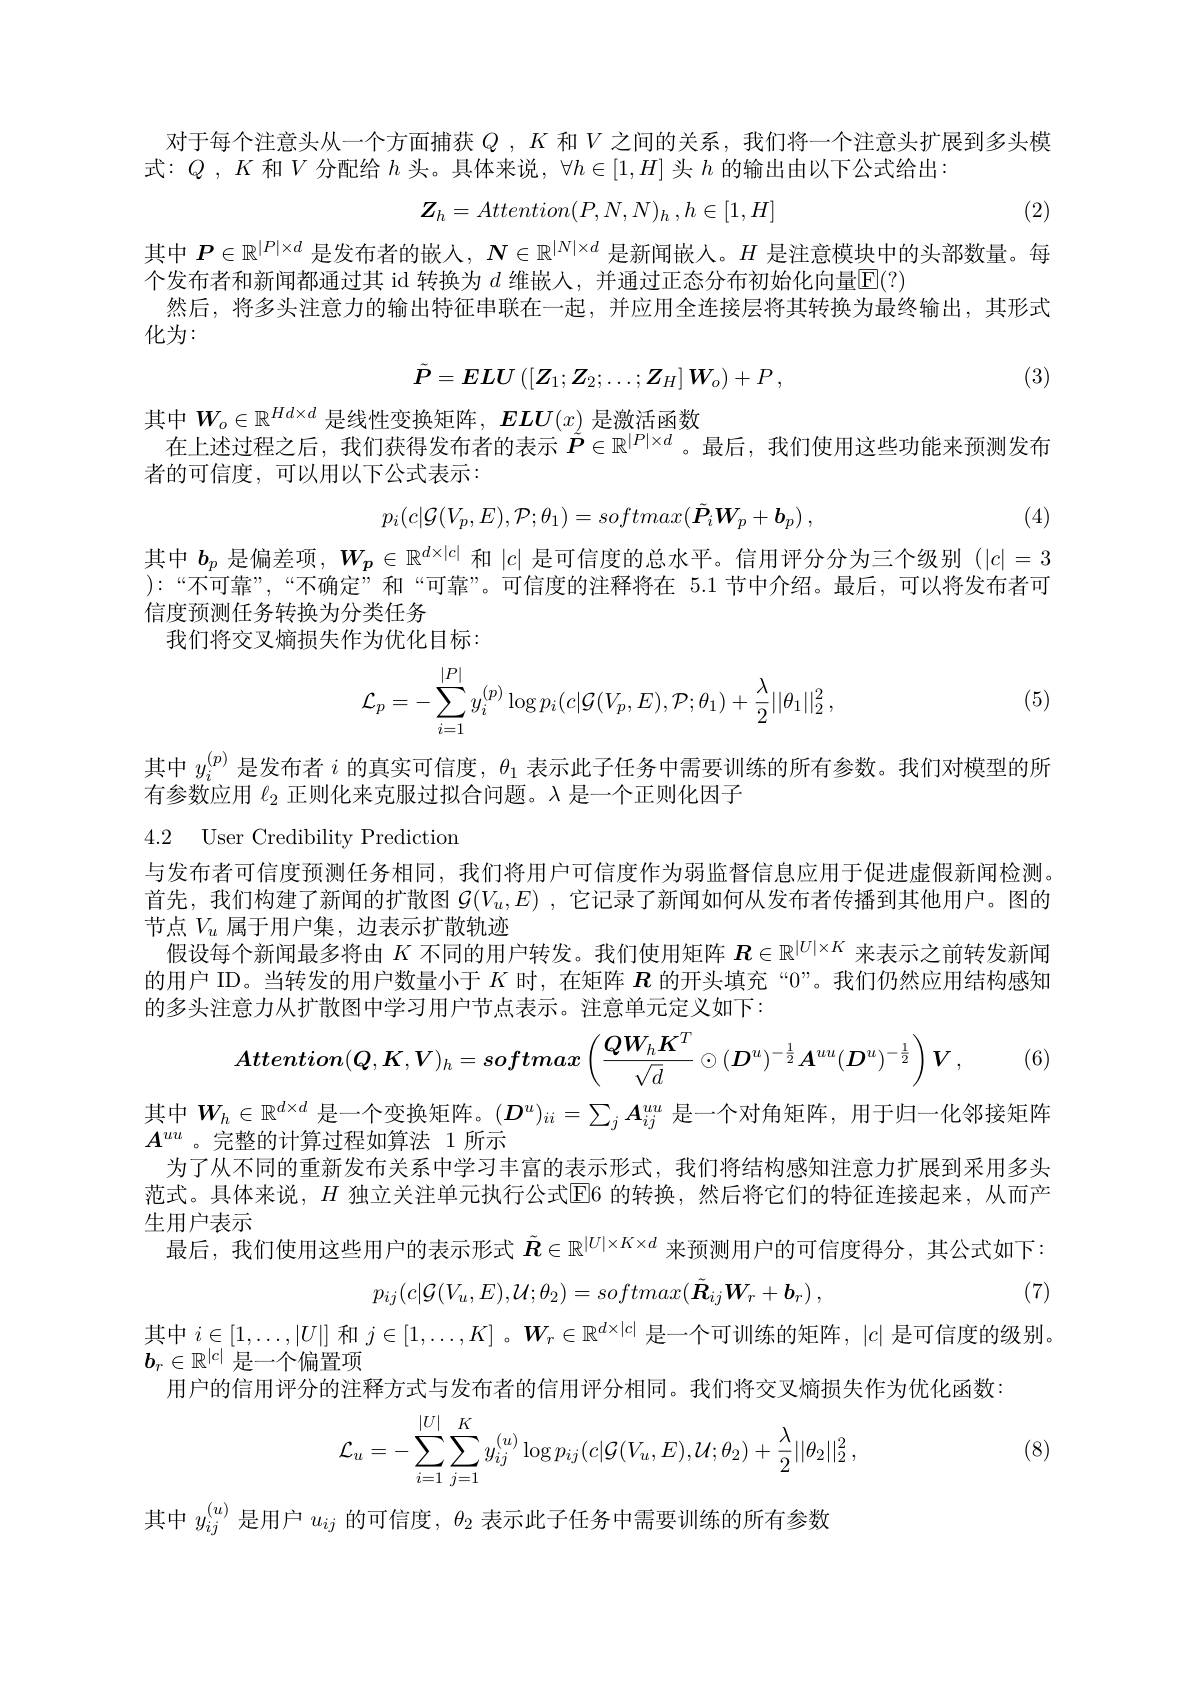
对于每个注意头从一个方面捕获$Q$ ,$K$和$V$之间的关系，我们将一个注意头扩展到多头模
式：$Q,K$和$V$分配给$h$头。具体来说，$\forall h\in[1,H]$头$h$的输出由以下公式给出：

(2)
$$\boldsymbol{Z}_h=Attention(P,N,N)_h\:,h\in[1,H]$$
其中$P\in\mathbb{R}^|P|\times d$是发布者的嵌人，$N\in\mathbb{R}^|N|\times d$是新闻嵌人。$H$是注意模块中的头部数量。每
个发布者和新闻都通过其 id 转换为 $d$ 维嵌人，并通过正态分布初始化向量$\mathsf{E}(?)$
然后，将多头注意力的输出特征串联在一起，并应用全连接层将其转换为最终输出，其形式
化为：

(3)
$$\tilde{\boldsymbol{P}}=\boldsymbol{ELU}\left([\boldsymbol{Z}_1;\boldsymbol{Z}_2;\ldots;\boldsymbol{Z}_H]\boldsymbol{W}_o\right)+P\:,$$
其中$W_o\in\mathbb{R}^{Hd\times d}$是线性变换矩阵，$ELU(x)$是激活函数
在上述过程之后，我们获得发布者的表示$\tilde{P}\in\mathbb{R}^{|P|\times d}$。最后，我们使用这些功能来预测发布
者的可信度，可以用以下公式表示：
$$p_i(c|\mathcal G(V_p,E),\mathcal P;\theta_1)=softmax(\tilde{\boldsymbol P}_i\boldsymbol W_p+\boldsymbol b_p)\:,$$
(4)

其中$b_p$是偏差项，$W_p\in\mathbb{R}^d\times|c|$和$|c|$是可信度的总水平。信用评分分为三个级别$(|c|=3$ $):“$不可靠”,“不确定”和“可靠”。可信度的注释将在 5.1 节中介绍。最后，可以将发布者可信度预测任务转换为分类任务
我们将交叉熵损失作为优化目标：
$$\mathcal{L}_p=-\sum\limits_{i=1}^{|P|}y_i^{(p)}\log p_i(c|\mathcal{G}(V_p,E),\mathcal{P};\theta_1)+\frac{\lambda}{2}||\theta_1||_2^2\:,$$
(5)

其中$y_i^{(p)}$是发布者$i$的真实可信度，$\theta_1$表示此子任务中需要训练的所有参数。我们对模型的所
有参数应用$\ell_{2}$正则化来克服过拟合问题。$\lambda$是一个正则化因子

### 4.2 User Credibility Prediction

与发布者可信度预测任务相同，我们将用户可信度作为弱监督信息应用于促进虚假新闻检测。首先，我们构建了新闻的扩散图$\mathcal{G}(V_u,E)$ ,它记录了新闻如何从发布者传播到其他用户。图的节点$V_u$属于用户集，边表示扩散轨迹
假设每个新闻最多将由$K$不同的用户转发。我们使用矩阵$\boldsymbol{R}\in\mathbb{R}^{|U|\times K}$来表示之前转发新闻的用户 ID。当转发的用户数量小于$K$时，在矩阵$\boldsymbol{R}$的开头填充“0”。我们仍然应用结构感知的多头注意力从扩散图中学习用户节点表示。注意单元定义如下：
$$Attention(Q,K,V)_h=softmax\left(\frac{QW_hK^T}{\sqrt d}\odot(D^u)^{-\frac12}A^{uu}(D^u)^{-\frac12}\right)\boldsymbol{V},$$
(6)

其中$W_h\in\mathbb{R}^{d\times d}$ 是一个变换矩阵。$(\boldsymbol{D}^u)_{ii}=\sum_jA_{ij}^{uu}$ 是一个对角矩阵，用于归一化邻接矩阵
$A^{uu}$。完整的计算过程如算法 1 所示
为了从不同的重新发布关系中学习丰富的表示形式，我们将结构感知注意力扩展到采用多头范式。具体来说，$H$ 独立关注单元执行公式$\overline{\text{E}}$6 的转换，然后将它们的特征连接起来，从而产生用户表示
最后，我们使用这些用户的表示形式$\tilde{\boldsymbol{R}}\in\mathbb{R}^{|U|\times K\times d}$来预测用户的可信度得分，其公式如下：
$$p_{ij}(c|\mathcal{G}(V_u,E),\mathcal{U};\theta_2)=softmax(\tilde{\boldsymbol{R}}_{ij}\boldsymbol{W}_r+\boldsymbol{b}_r)\:,$$
(7)
其中$i\in[1,\ldots,|U|]$和$j\in[1,\ldots,K]$ 。$\boldsymbol{W}_r\in\mathbb{R}^{d\times|c|}$是一个可训练的矩阵，$|c|$是可信度的级别。
$b_r\in\mathbb{R}^{|c|}$是一个偏置项
用户的信用评分的注释方式与发布者的信用评分相同。我们将交叉熵损失作为优化函数：
$$\mathcal{L}_u=-\sum_{i=1}^{|U|}\sum_{j=1}^Ky_{ij}^{(u)}\log p_{ij}(c|\mathcal{G}(V_u,E),\mathcal{U};\theta_2)+\frac{\lambda}{2}||\theta_2||_2^2\:,$$
(8)

其中$y_{ij}^{(u)}$是用户$u_{ij}$的可信度 , $\theta_2$表示此子任务中需要训练的所有参数